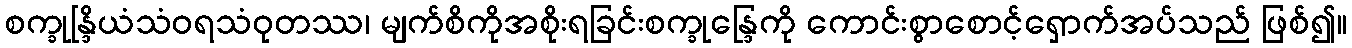
စက္ခုန္ဒြိယံသံဝရသံဝုတဿ၊ မျက်စိကိုအစိုးရခြင်းစက္ခုန္ဒြေကို ကောင်းစွာစောင့်ရှောက်အပ်သည် ဖြစ်၍။